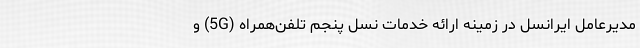
مدیرعامل ایرانسل در زمینه ارائه خدمات نسل پنجم تلفن‌همراه (5G) و